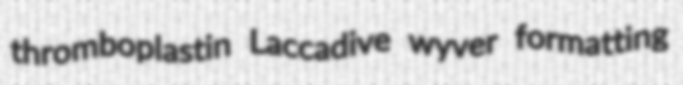
thromboplastin Laccadive wyver formatting